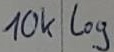
Text: 10K log